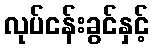
လုပ်ငန်းခွင်နှင့်